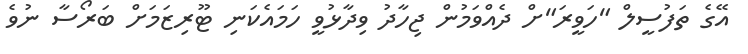
އޭގެ ތަފުސީލް "ހަވީރަ"ށް ދެއްވަމުން ޖިހާދު ވިދާޅުވީ ހަމައެކަނި ޓޫރިޒަމަށް ބަރޯސާ ނުވެ